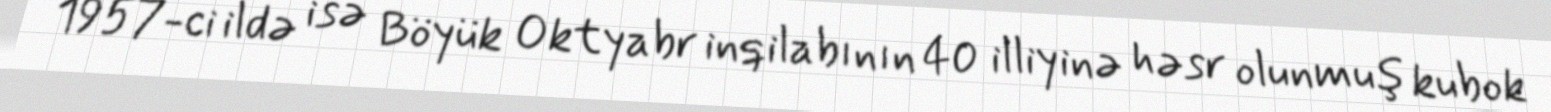
1957-ci ildə isə Böyük Oktyabr inqilabının 40 illiyinə həsr olunmuş kubok